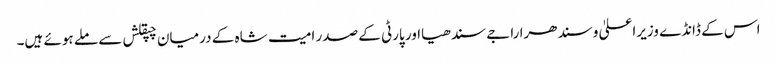
اس کے ڈانڈے وزیراعلیٰ وسندھرا راجے سندھیااور پارٹی کے صدر امیت شاہ کے درمیان چپقلش سے ملے ہوئے ہیں۔